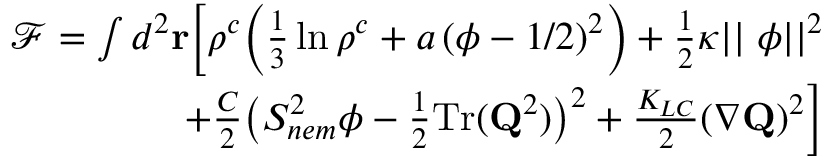
\begin{array} { r } { \mathcal { F } = \int d ^ { 2 } \mathbf { r } \bigg [ \rho ^ { c } \Big ( \frac { 1 } { 3 } \ln \rho ^ { c } + a \, ( \phi - 1 / 2 ) ^ { 2 } \Big ) + \frac { 1 } { 2 } \kappa | | \mathbf { \nabla } \phi | | ^ { 2 } } \\ { + \frac { C } { 2 } \big ( S _ { n e m } ^ { 2 } \phi - \frac { 1 } { 2 } \mathrm { T r } ( \mathbf { Q } ^ { 2 } ) \big ) ^ { 2 } + \frac { K _ { L C } } { 2 } ( \nabla \mathbf { Q } ) ^ { 2 } \bigg ] } \end{array}